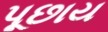
પૂછાય